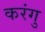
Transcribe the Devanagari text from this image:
करंगु